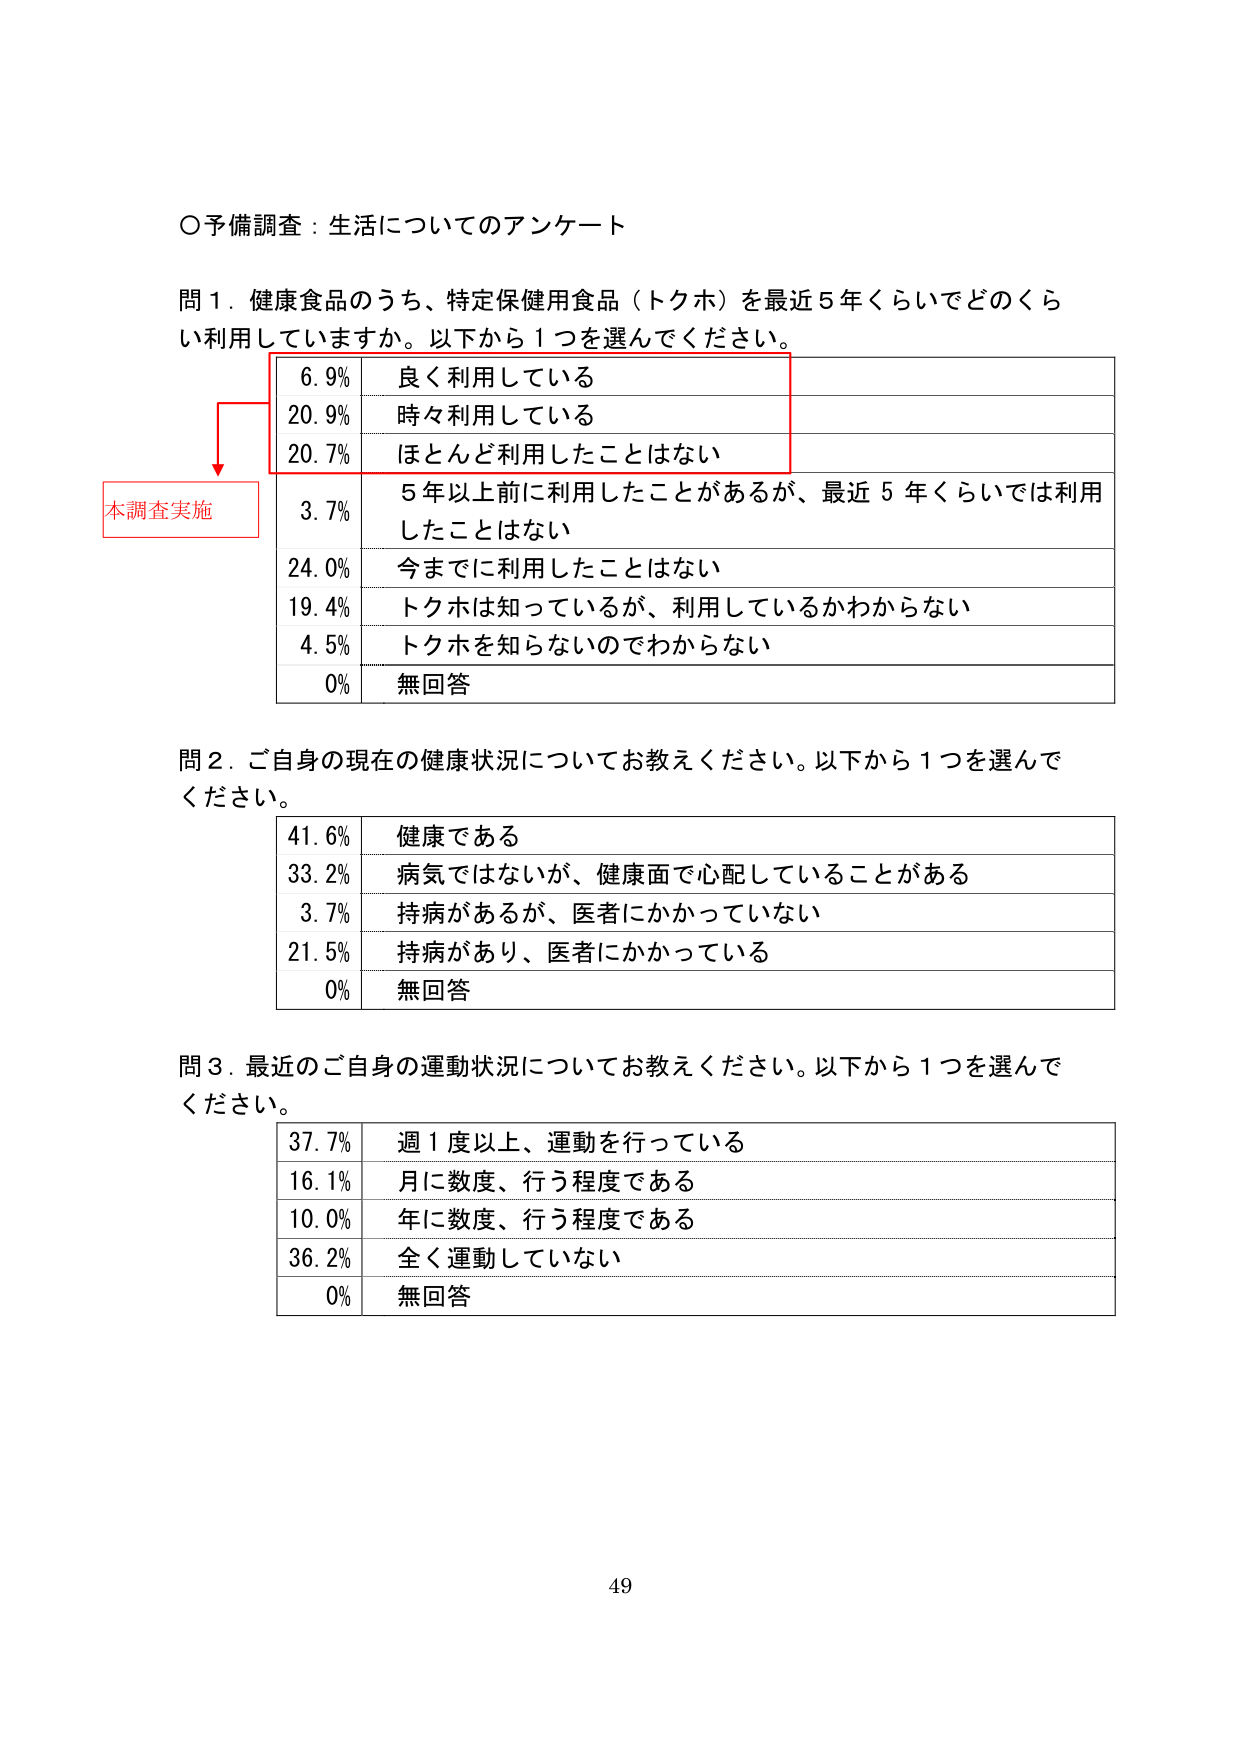
○予備調査：生活についてのアンケート

問１．健康食品のうち、特定保健用食品（トクホ）を最近５年くらいでどのくらい利用していますか。以下から１つを選んでください。

6.9% 良く利用している
20.9% 時々利用している
20.7% ほとんど利用したことはない
3.7% ５年以上前に利用したことがあるが、最近５年くらいでは利用したことはない
24.0% 今までに利用したことはない
19.4% トクホは知っているが、利用しているかわからない
4.5% トクホを知らないのでわからない
0% 無回答

本調査実施

問２．ご自身の現在の健康状況についてお教えください。以下から１つを選んでください。

41.6% 健康である
33.2% 病気ではないが、健康面で心配していることがある
3.7% 持病があるが、医者にかかっていない
21.5% 持病があり、医者にかかっている
0% 無回答

問３．最近のご自身の運動状況についてお教えください。以下から１つを選んでください。

37.7% 週１度以上、運動を行っている
16.1% 月に数度、行う程度である
10.0% 年に数度、行う程度である
36.2% 全く運動していない
0% 無回答

49